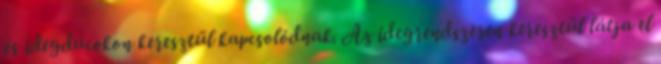
és idegdúcokon keresztül kapcsolódnak. Az idegrendszeren keresztül látja el